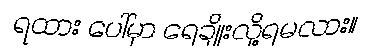
ရထား ပေါ်မှာ ရေချိုးလို့ရမလား။